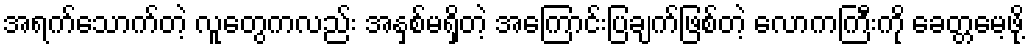
အရက်သောက်တဲ့ လူတွေကလည်း အနှစ်မရှိတဲ့ အကြောင်းပြချက်ဖြစ်တဲ့ လောကကြီးကို ခေတ္တမေ့ဖို့